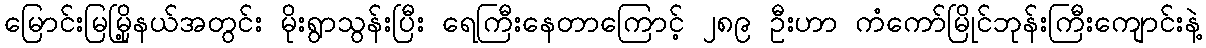
မြောင်းမြမြို့နယ်အတွင်း မိုးရွာသွန်းပြီး ရေကြီးနေတာကြောင့် ၂၈၉ ဦးဟာ ကံကော်မြိုင်ဘုန်းကြီးကျောင်းနဲ့